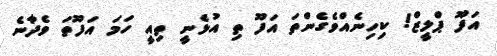
އަފޫ ޕްލީޒް! ކިހިނެއްވެގެންތަ އަފޫ ތި އުޅެނީ ތިއީ ހަމަ އަފޫތަ ވެދާނެ